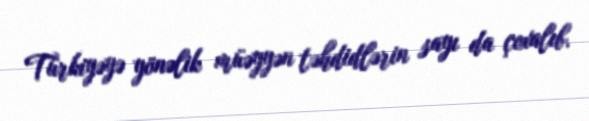
Türkiyəyə yönəlik müəyyən təhdidlərin sayı da çoxalıb.